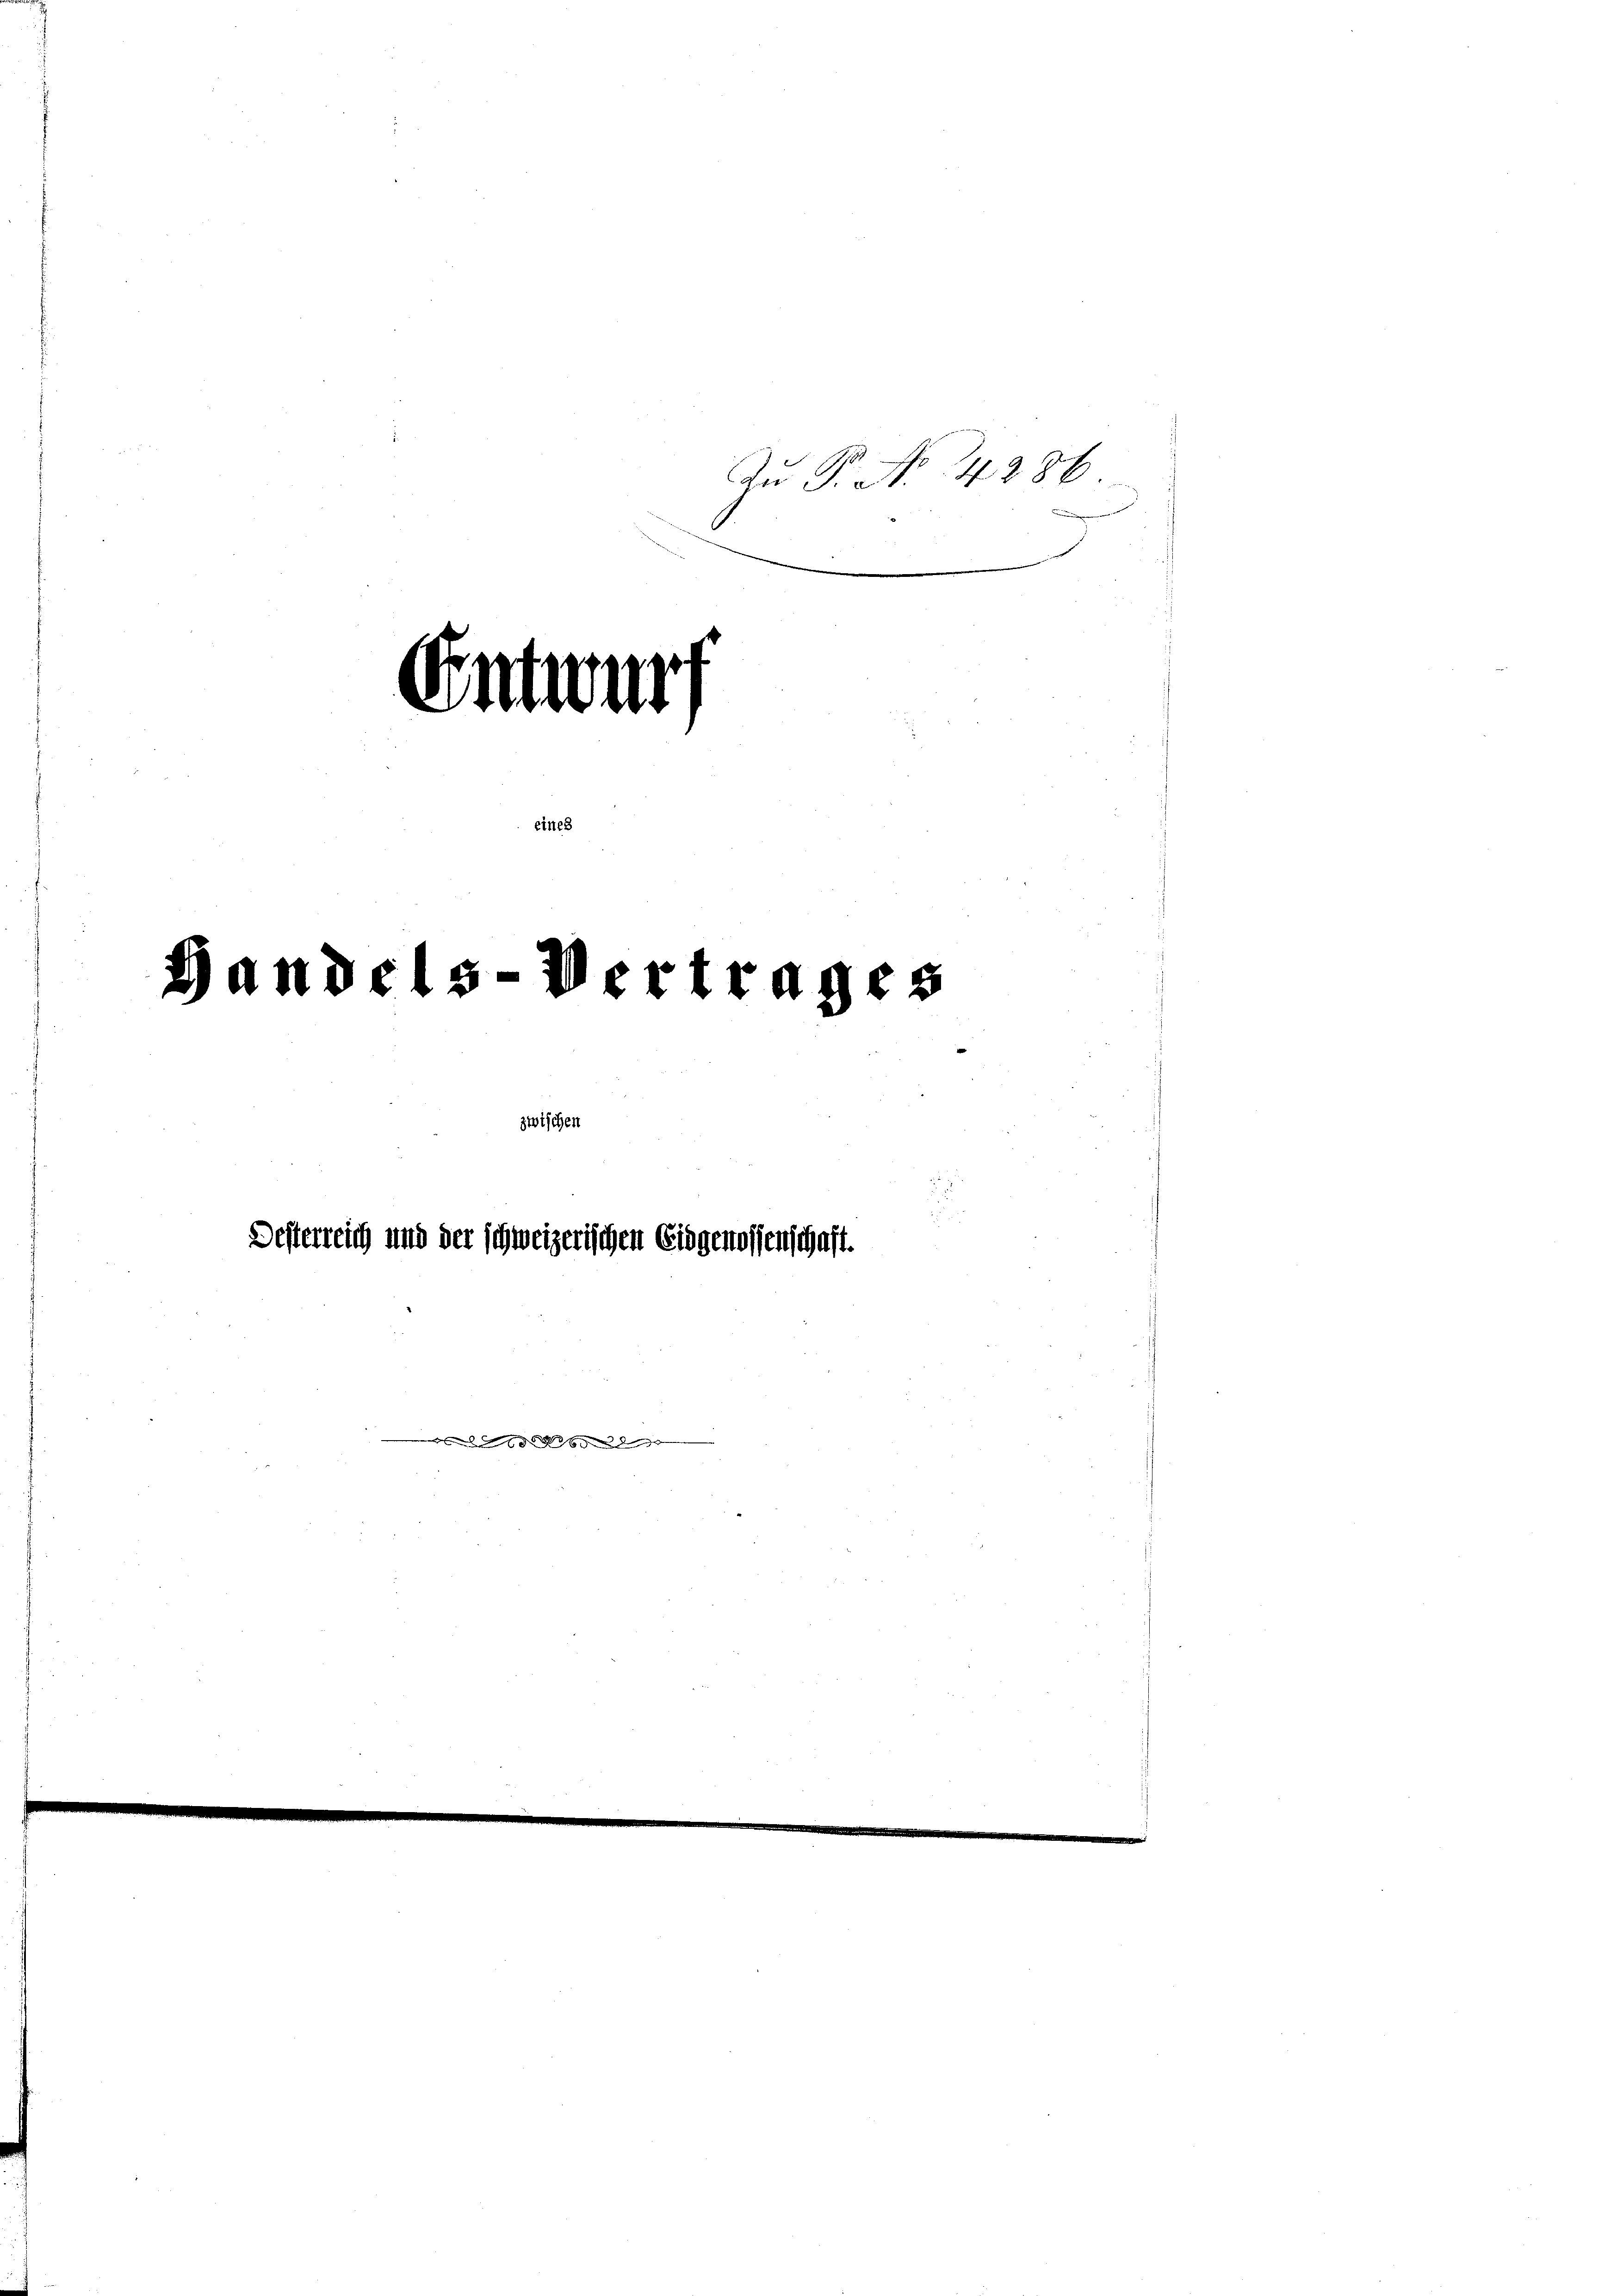
Zu Pr. No 4286

Entwurf
eines
Handels-Vertrages
zwischen
Desterreich und der schweizerischen Eidgenossenschaft.

gg d